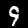
Digit: 9